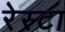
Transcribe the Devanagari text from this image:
रेस्टा